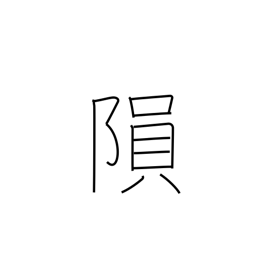
Meaning: fall